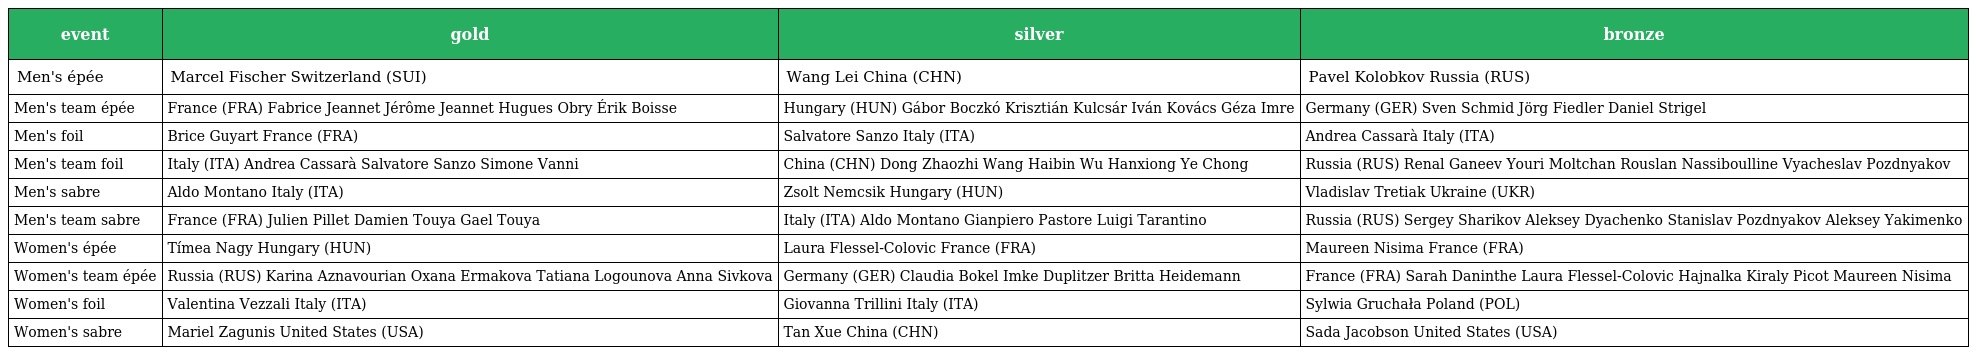
| event | gold | silver | bronze |
 | --- | --- | --- | --- |
 | Men's épée | Marcel Fischer Switzerland (SUI) | Wang Lei China (CHN) | Pavel Kolobkov Russia (RUS) |
 | Men's team épée | France (FRA) Fabrice Jeannet Jérôme Jeannet Hugues Obry Érik Boisse | Hungary (HUN) Gábor Boczkó Krisztián Kulcsár Iván Kovács Géza Imre | Germany (GER) Sven Schmid Jörg Fiedler Daniel Strigel |
 | Men's foil | Brice Guyart France (FRA) | Salvatore Sanzo Italy (ITA) | Andrea Cassarà Italy (ITA) |
 | Men's team foil | Italy (ITA) Andrea Cassarà Salvatore Sanzo Simone Vanni | China (CHN) Dong Zhaozhi Wang Haibin Wu Hanxiong Ye Chong | Russia (RUS) Renal Ganeev Youri Moltchan Rouslan Nassiboulline Vyacheslav Pozdnyakov |
 | Men's sabre | Aldo Montano Italy (ITA) | Zsolt Nemcsik Hungary (HUN) | Vladislav Tretiak Ukraine (UKR) |
 | Men's team sabre | France (FRA) Julien Pillet Damien Touya Gael Touya | Italy (ITA) Aldo Montano Gianpiero Pastore Luigi Tarantino | Russia (RUS) Sergey Sharikov Aleksey Dyachenko Stanislav Pozdnyakov Aleksey Yakimenko |
 | Women's épée | Tímea Nagy Hungary (HUN) | Laura Flessel-Colovic France (FRA) | Maureen Nisima France (FRA) |
 | Women's team épée | Russia (RUS) Karina Aznavourian Oxana Ermakova Tatiana Logounova Anna Sivkova | Germany (GER) Claudia Bokel Imke Duplitzer Britta Heidemann | France (FRA) Sarah Daninthe Laura Flessel-Colovic Hajnalka Kiraly Picot Maureen Nisima |
 | Women's foil | Valentina Vezzali Italy (ITA) | Giovanna Trillini Italy (ITA) | Sylwia Gruchała Poland (POL) |
 | Women's sabre | Mariel Zagunis United States (USA) | Tan Xue China (CHN) | Sada Jacobson United States (USA) |